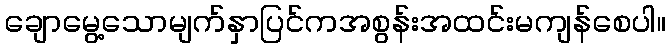
ချောမွေ့သောမျက်နှာပြင်ကအစွန်းအထင်းမကျန်စေပါ။